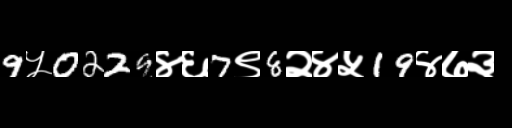
Text: 9५0229४६7९8२४५19४७३